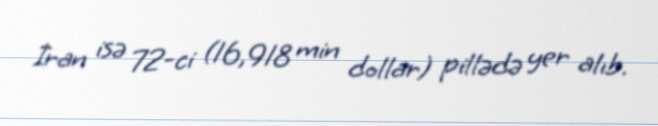
İran isə 72-ci (16,918 min dollar) pillədə yer alıb.